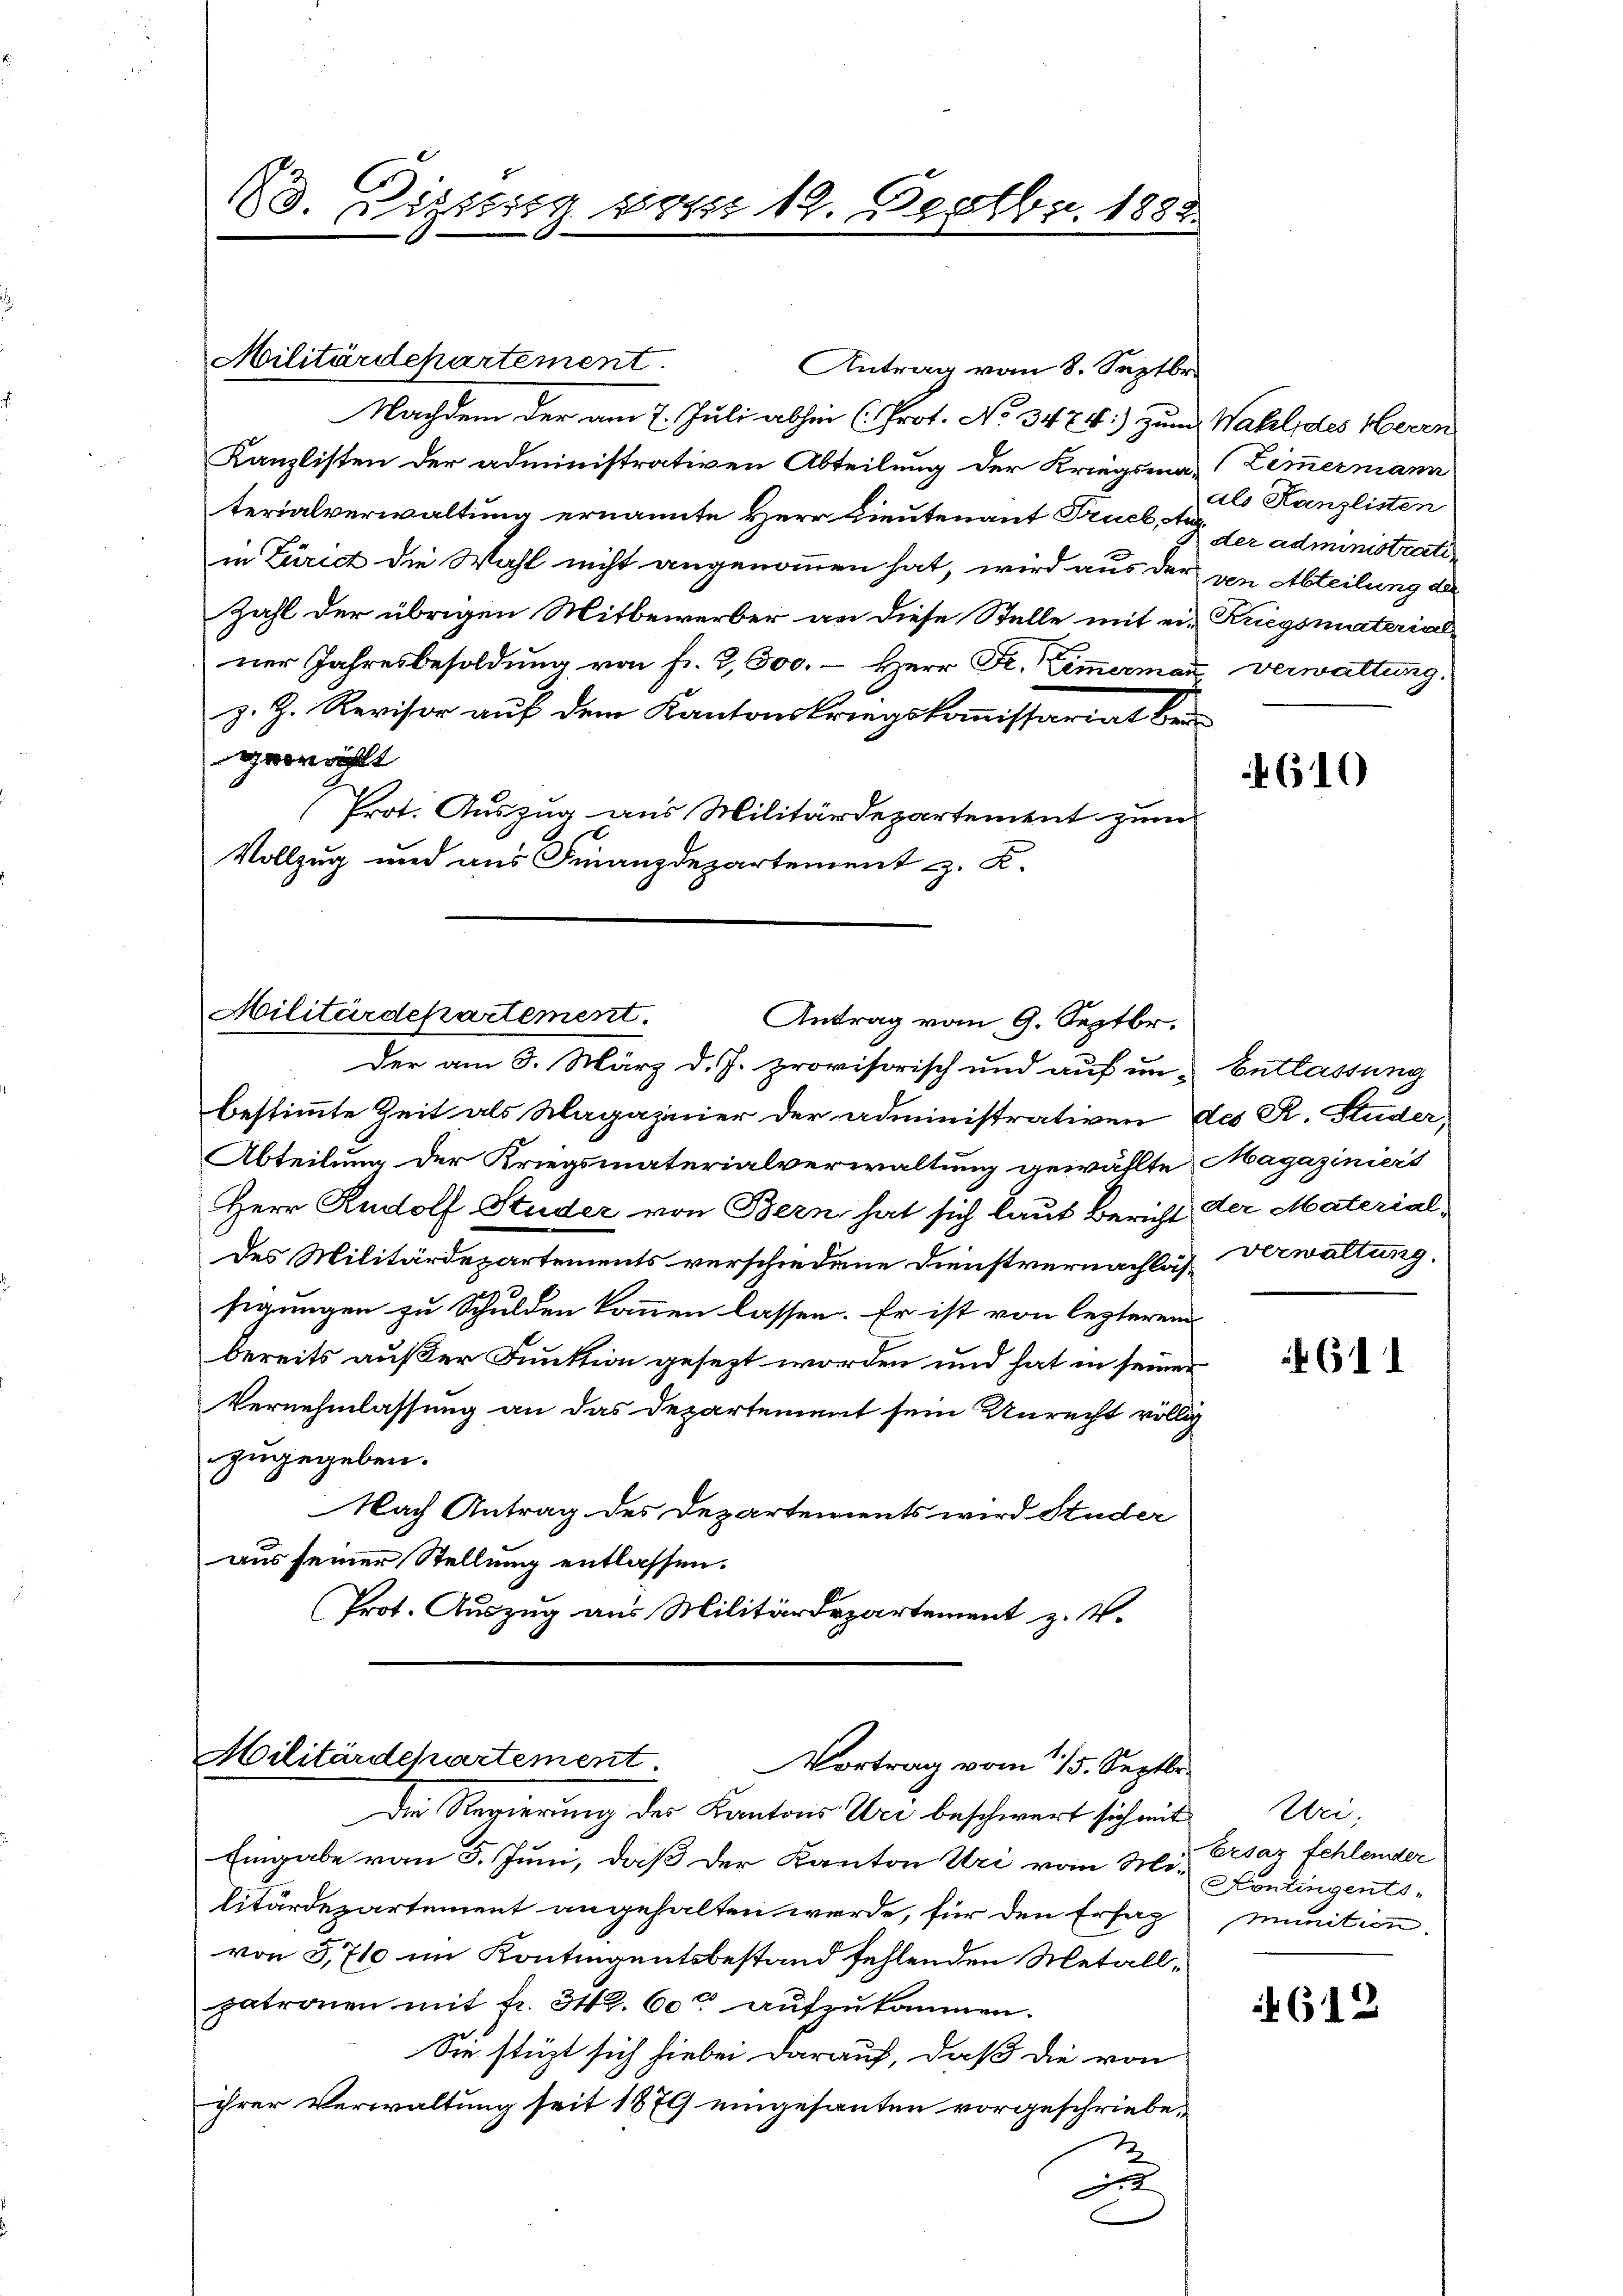
13. Dieses vom 19. Dectbr. 1888.

Militärdehartement.

Antrag vom 8. Septbr.
Nachdem der am 7. Juli abhin (Prot. No 3474:) zum Wahl des Herrn
Kanzlisten der administrativen Abteilung der Kriegsma-Zimmermann
terialverwaltung ernannte Herr Lieutenant Truck, der administrati
in Zürich die Wahl nicht angenommen hat, wird aus der von Abteilung der
Zahl der übrigen Mitbewerber an diese Stelle mit ein Kriegsmaterialner Jahresbesoldung von fr. 2,500. – Herr Fr. Zimmermaṅ verwaltung.
z. Z. Revisor auf dem Kantonskriegskommissariat bei
wählt
Prot. Auszug aus Militärdepartement zum
Vollzug und aus Finanzdepartement z. K.

Militärdepartement
Antrag vom 9. Septbr.

Der am 3. März d. J. provisorisch und auf un- Entlassung
bestimmte Zeit als Magaziner der administrativen des R. Studer,
Abteilung der Kriegsmaterialverwaltung gewählte Magaziniers
Herr Rudolf Studer von Bern hat sich laut Bericht
Des Militärdepartements verschiedene Dienstvernachlässigungen zu Schulden kommen lassen. Er ist von lezterem
bereits außer Funktion gesezt worden und hat in seiner
Vernehmlassung an das Departement sein Unrecht völlig
zugegeben.
Nach Antrag des Departements wird Studer
aus seiner Stellung entlassen.
Prot. Auszug aus Militärdepartement z. V.

Militärdchartement
Vortrag vom 115. Septbr.
Die Regierung des Kantons Uri beschwert sich mit

Eingabe von 5. Juni, daß der Kanton Uri vom Nei. Ersaz fehlender
litärdepartement angehalten werde, für den Erfah
von 5,710 im Kontingentsbestand fehlenden Metallpatronen mit fr. 342. 60 aufzukommen.
Sie stüzt sich hiebei darauf, daß die von
ihrer Verwaltung seit 1879 eingesanten vorgeschriebe¬
2
J

als Kanzlisten

610

der Material-
verwaltung.

611

Wei;
Kontingentsmunition

612